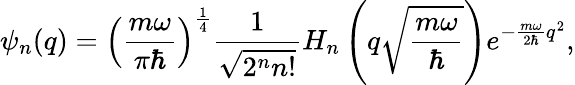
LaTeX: \psi_{n}(q)=\left(\frac{m\omega}{\pi\hbar}\right)^{\frac{1}{4}}\frac{1}{\sqrt{2^{n}n!}}H_{n}\left(q\sqrt{\frac{m\omega}{\hbar}}\right)e^{-\frac{m\omega}{2\hbar}q^{2}},